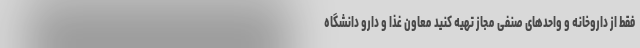
فقط از داروخانه و واحدهای صنفی مجاز تهیه کنید معاون غذا و دارو دانشگاه